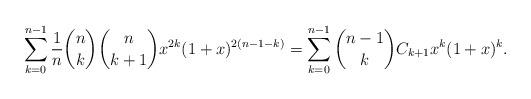
LaTeX: \begin{align*}\sum_{k=0}^{n-1}\frac1{n}\binom{n}{k}\binom{n}{k+1}x^{2k}(1+x)^{2(n-1-k)}=\sum_{k=0}^{n-1}\binom{n-1}{k}C_{k+1}x^k(1+x)^{k}.\end{align*}